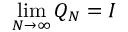
\operatorname* { l i m } _ { N \to \infty } Q _ { N } = I